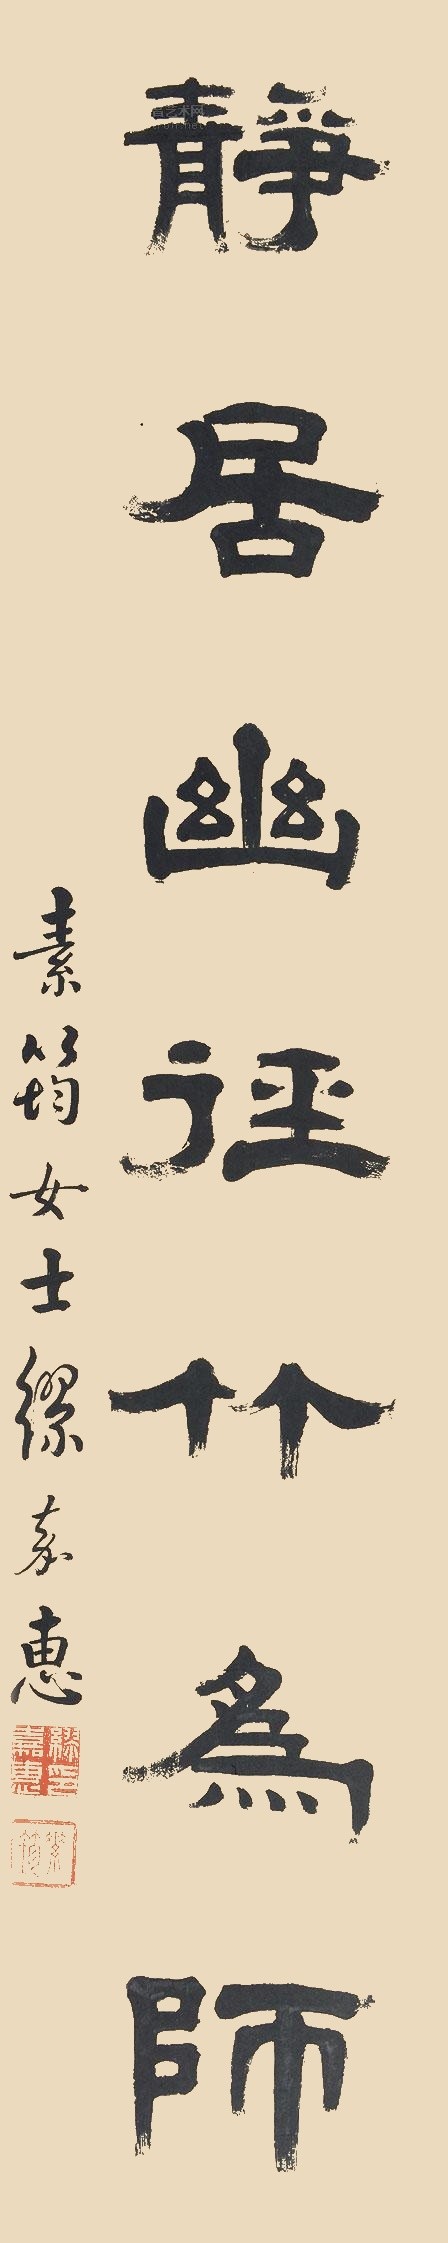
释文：淡如世兄法家雅属，滇南素筠女士缪嘉蕙。